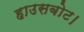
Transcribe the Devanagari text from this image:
हाउसबोट।